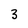
Character: 3